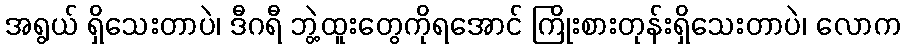
အရွယ် ရှိသေးတာပဲ၊ ဒီဂရီ ဘွဲ့ထူးတွေကိုရအောင် ကြိုးစားတုန်းရှိသေးတာပဲ၊ လောက